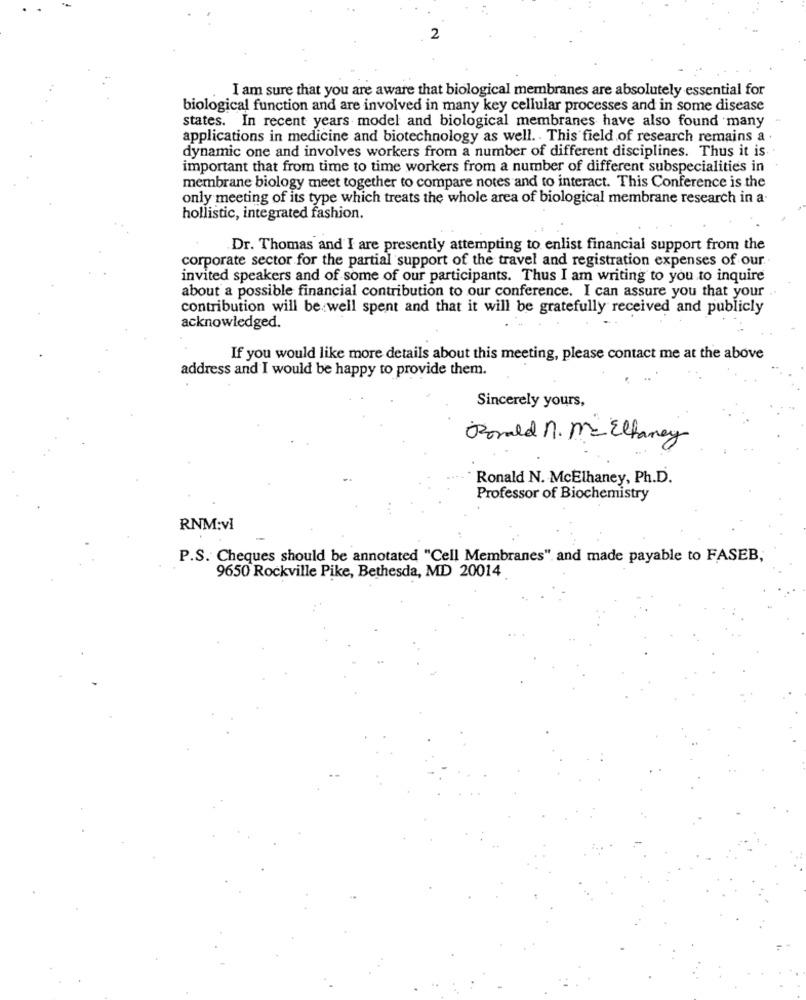
2
I am sure that you are aware that biological membranes are absolutely essential for
biological function and are involved in many key cellular processes and in some disease
states. In recent years model and biological membranes have also found many
applications in medicine and biotechnology as well. . This field of research remains a .
dynamic one and involves workers from a number of different disciplines. Thus it is
important that from time to time workers from a number of different subspecialities in
membrane biology meet together to compare notes and to interact. This Conference is the
only meeting of its type which treats the whole area of biological membrane research in a.
hollistic, integrated fashion.
.Dr. Thomas and I are presently attempting to enlist financial support from the
corporate sector for the partial support of the travel and registration expenses of our.
invited speakers and of some of our participants. Thus I am writing to you to inquire
about a possible financial contribution to our conference. I can assure you that your
contribution will be. well spent and that it will be gratefully received and publicly
acknowledged.
If you would like more details about this meeting, please contact me at the above
address and I would be happy to provide them.
Sincerely yours,
Ronald n. M. Elfancy
Ronald N. McElhaney, Ph.D.
Professor of Biochemistry
RNM:vi
P.S. Cheques should be annotated "Cell Membranes". and made payable to FASEB,
9650 Rockville Pike, Bethesda, MD 20014